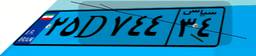
۲۵D۷۴۴۳۴